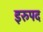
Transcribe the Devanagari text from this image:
इरुपद